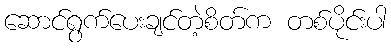
ဆောင်ရွက်ပေးချင်တဲ့စိတ်က တစ်ပိုင်းပါ